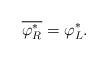
LaTeX: \begin{align*}\overline{\varphi_{R}^{\ast}}=\varphi_{L}^{\ast}.\end{align*}